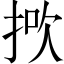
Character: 𢭻